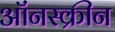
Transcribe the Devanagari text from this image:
ऑंनस्क्रीन